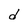
Character: d